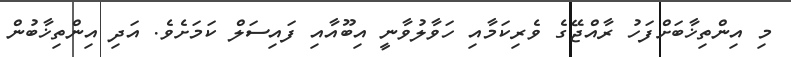
މި އިންތިޚާބަށްފަހު ރާއްޖޭގެ ވެރިކަމާއި ހަވާލުވާނީ އިބޫއާއި ފައިސަލް ކަމަށެވެ. އަދި އިންތިޚާބުން